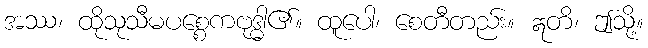
အဿ၊ ထိုသုသီမပစ္စေကဗုဒ္ဓါ၏။ ထူပေါ၊ စေတီတည်း။ ဣတိ၊ ဤသို့။